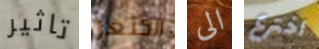
تاثير الكنغر الى اخترع